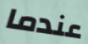
عندما